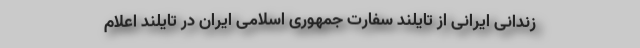
زندانی ایرانی از تایلند سفارت جمهوری اسلامی ایران در تایلند اعلام